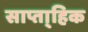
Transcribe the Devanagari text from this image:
साप्ता्हिक